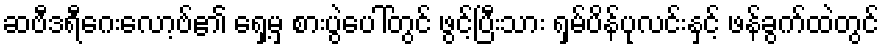
ဆဗီဒရီဂေးလော့ဗ်၏ ရှေ့မှ စားပွဲပေါ်တွင် ဖွင့်ပြီးသား ရှမ်ပိန်ပုလင်းနှင့် ဖန်ခွက်ထဲတွင်